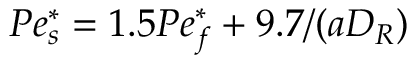
P e _ { s } ^ { * } = 1 . 5 P e _ { f } ^ { * } + 9 . 7 / ( a D _ { R } )